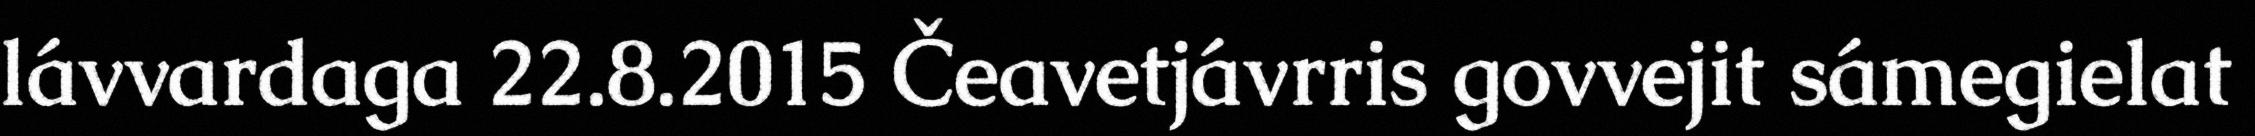
lávvardaga 22.8.2015 Čeavetjávrris govvejit sámegielat